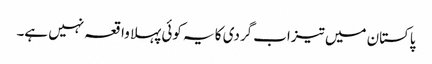
پاکستان میں تیزاب گردی کا یہ کوئی پہلا واقعہ نہیں ہے۔